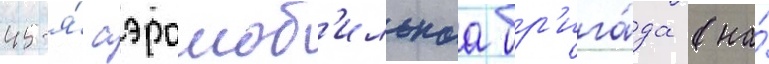
45-я́ аэромоб'ильнаа бр'ига́да (на́